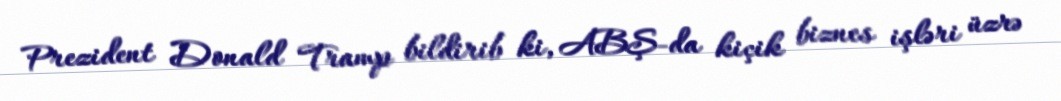
Prezident Donald Tramp bildirib ki, ABŞ-da kiçik biznes işləri üzrə